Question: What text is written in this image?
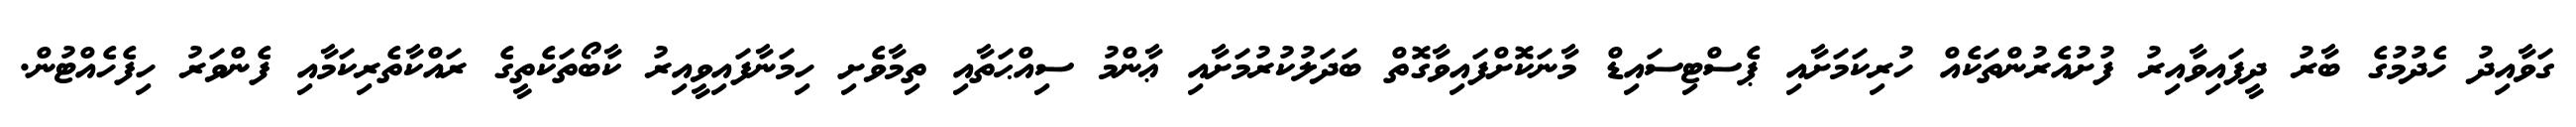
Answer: ގަވާއިދު ހެދުމުގެ ބާރު ދީފައިވާއިރު ފުށުއެރުންތަކެއް ހުރިކަމަށާއި ޕެސްޓިސައިޑް މާނަކޮށްފައިވާގޮތް ބަދަލުކުރުމަށާއި ޢާންމު ސިއްޙަތާއި ތިމާވެށި ހިމަނާފައިވީއިރު ކާބޯތަކެތީގެ ރައްކާތެރިކަމާއި ފެންވަރު ހިފެހެއްޓުން.